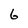
Character: 6